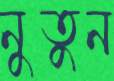
নুতুন